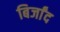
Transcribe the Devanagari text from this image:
बिर्जांद